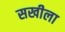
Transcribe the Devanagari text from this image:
सखीला